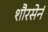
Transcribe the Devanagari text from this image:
शौरसेनं